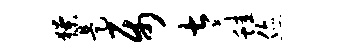
獠是属太蛙您